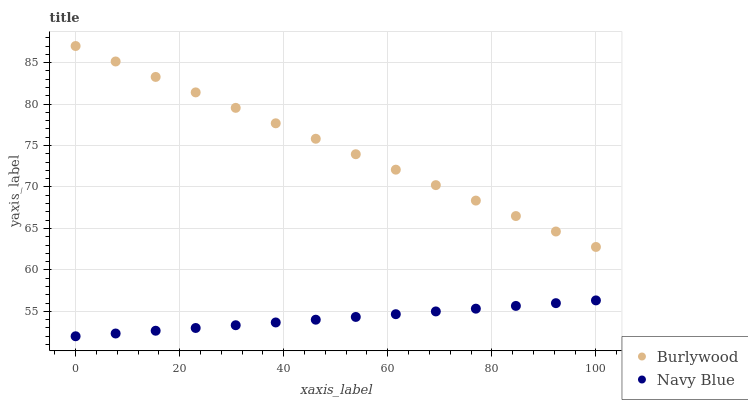
| xaxis_label | Burlywood | Navy Blue |
 | --- | --- | --- |
 | 0 | 87 | 52 |
 | 7.69 | 85.1 | 52.3 |
 | 15.4 | 83.3 | 52.7 |
 | 23.1 | 81.4 | 53 |
 | 30.8 | 79.5 | 53.3 |
 | 38.5 | 77.7 | 53.7 |
 | 46.2 | 75.8 | 54 |
 | 53.8 | 74 | 54.3 |
 | 61.5 | 72.1 | 54.7 |
 | 69.2 | 70.2 | 55 |
 | 76.9 | 68.4 | 55.3 |
 | 84.6 | 66.5 | 55.7 |
 | 92.3 | 64.6 | 56 |
 | 100 | 62.8 | 56.3 |